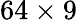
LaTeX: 64\times 9